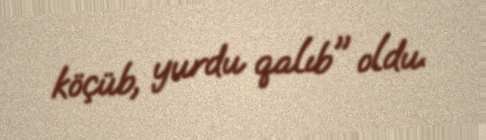
köçüb, yurdu qalıb" oldu.